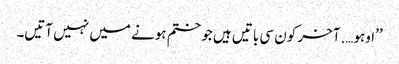
’’اوہو….آخر کون سی باتیں ہیں جو ختم ہونے میں نہیں آتیں۔